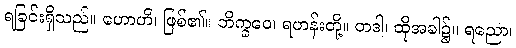
ရခြင်းရှိသည်။ ဟောတိ၊ ဖြစ်၏။ ဘိက္ခဝေ၊ ရဟန်းတို့။ တဒါ၊ ထိုအခါ၌။ ရညော၊